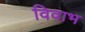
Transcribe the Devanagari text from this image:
विवाभ